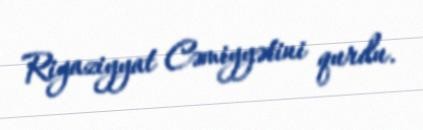
Riyaziyyat Cəmiyyətini qurdu.